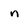
Character: n